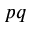
p q